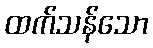
ထက်သန်သော